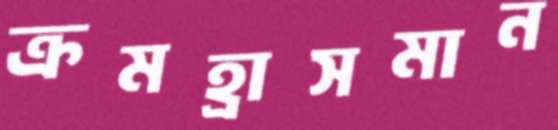
ক্রমহ্রাসমান